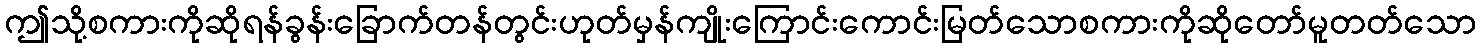
ဤသို့စကားကိုဆိုရန်ခွန်းခြောက်တန်တွင်းဟုတ်မှန်ကျိုးကြောင်းကောင်းမြတ်သောစကားကိုဆိုတော်မူတတ်သော